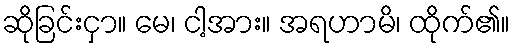
ဆိုခြင်းငှာ။ မေ၊ ငါ့အား။ အရဟာမိ၊ ထိုက်၏။